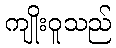
ကျိုးဝူသည်